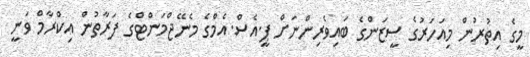
މީގެ އިތުރުން މިއަހަރުގެ ސީޒަންގެ ބައިވެރިންނަށް ޕީ.އެސް.އެމްގެ މެނޭޖްމަންޓްގެ ފަރާތުން އިކްރާމް ވަނީ